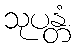
သုပန္တံ